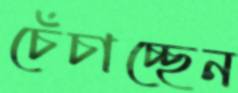
চেঁচাচ্ছেন